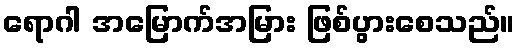
ရောဂါ အမြောက်အမြား ဖြစ်ပွားစေသည်။